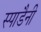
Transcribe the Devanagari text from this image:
स्पाडैनी